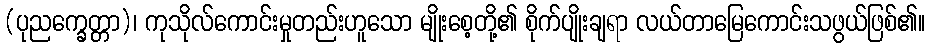
(ပုညက္ခေတ္တာ)၊ ကုသိုလ်ကောင်းမှုတည်းဟူသော မျိုးစေ့တို့၏ စိုက်ပျိုးချရာ လယ်တာမြေကောင်းသဖွယ်ဖြစ်၏။